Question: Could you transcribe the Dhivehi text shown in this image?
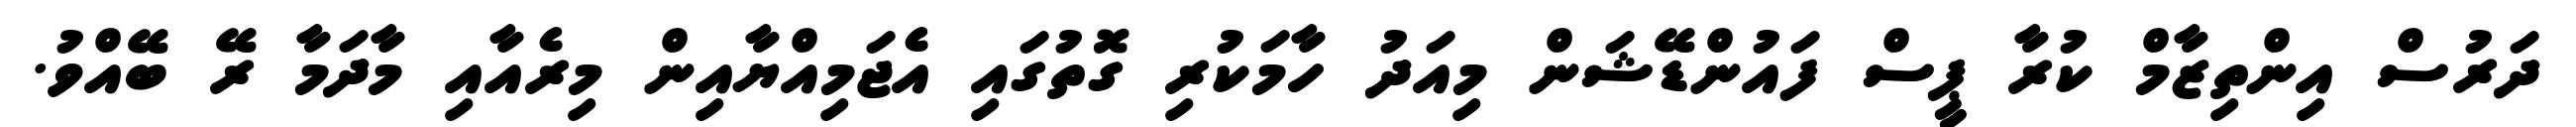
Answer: ދަރުސް އިންތިޒާމް ކުރާ ޕީސް ފައުންޑޭޝަން މިއަދު ހާމަކުރި ގޮތުގައި އެޖަމިއްޔާއިން މިރެއާއި މާދަމާ ރޭ ބޭއްވު.